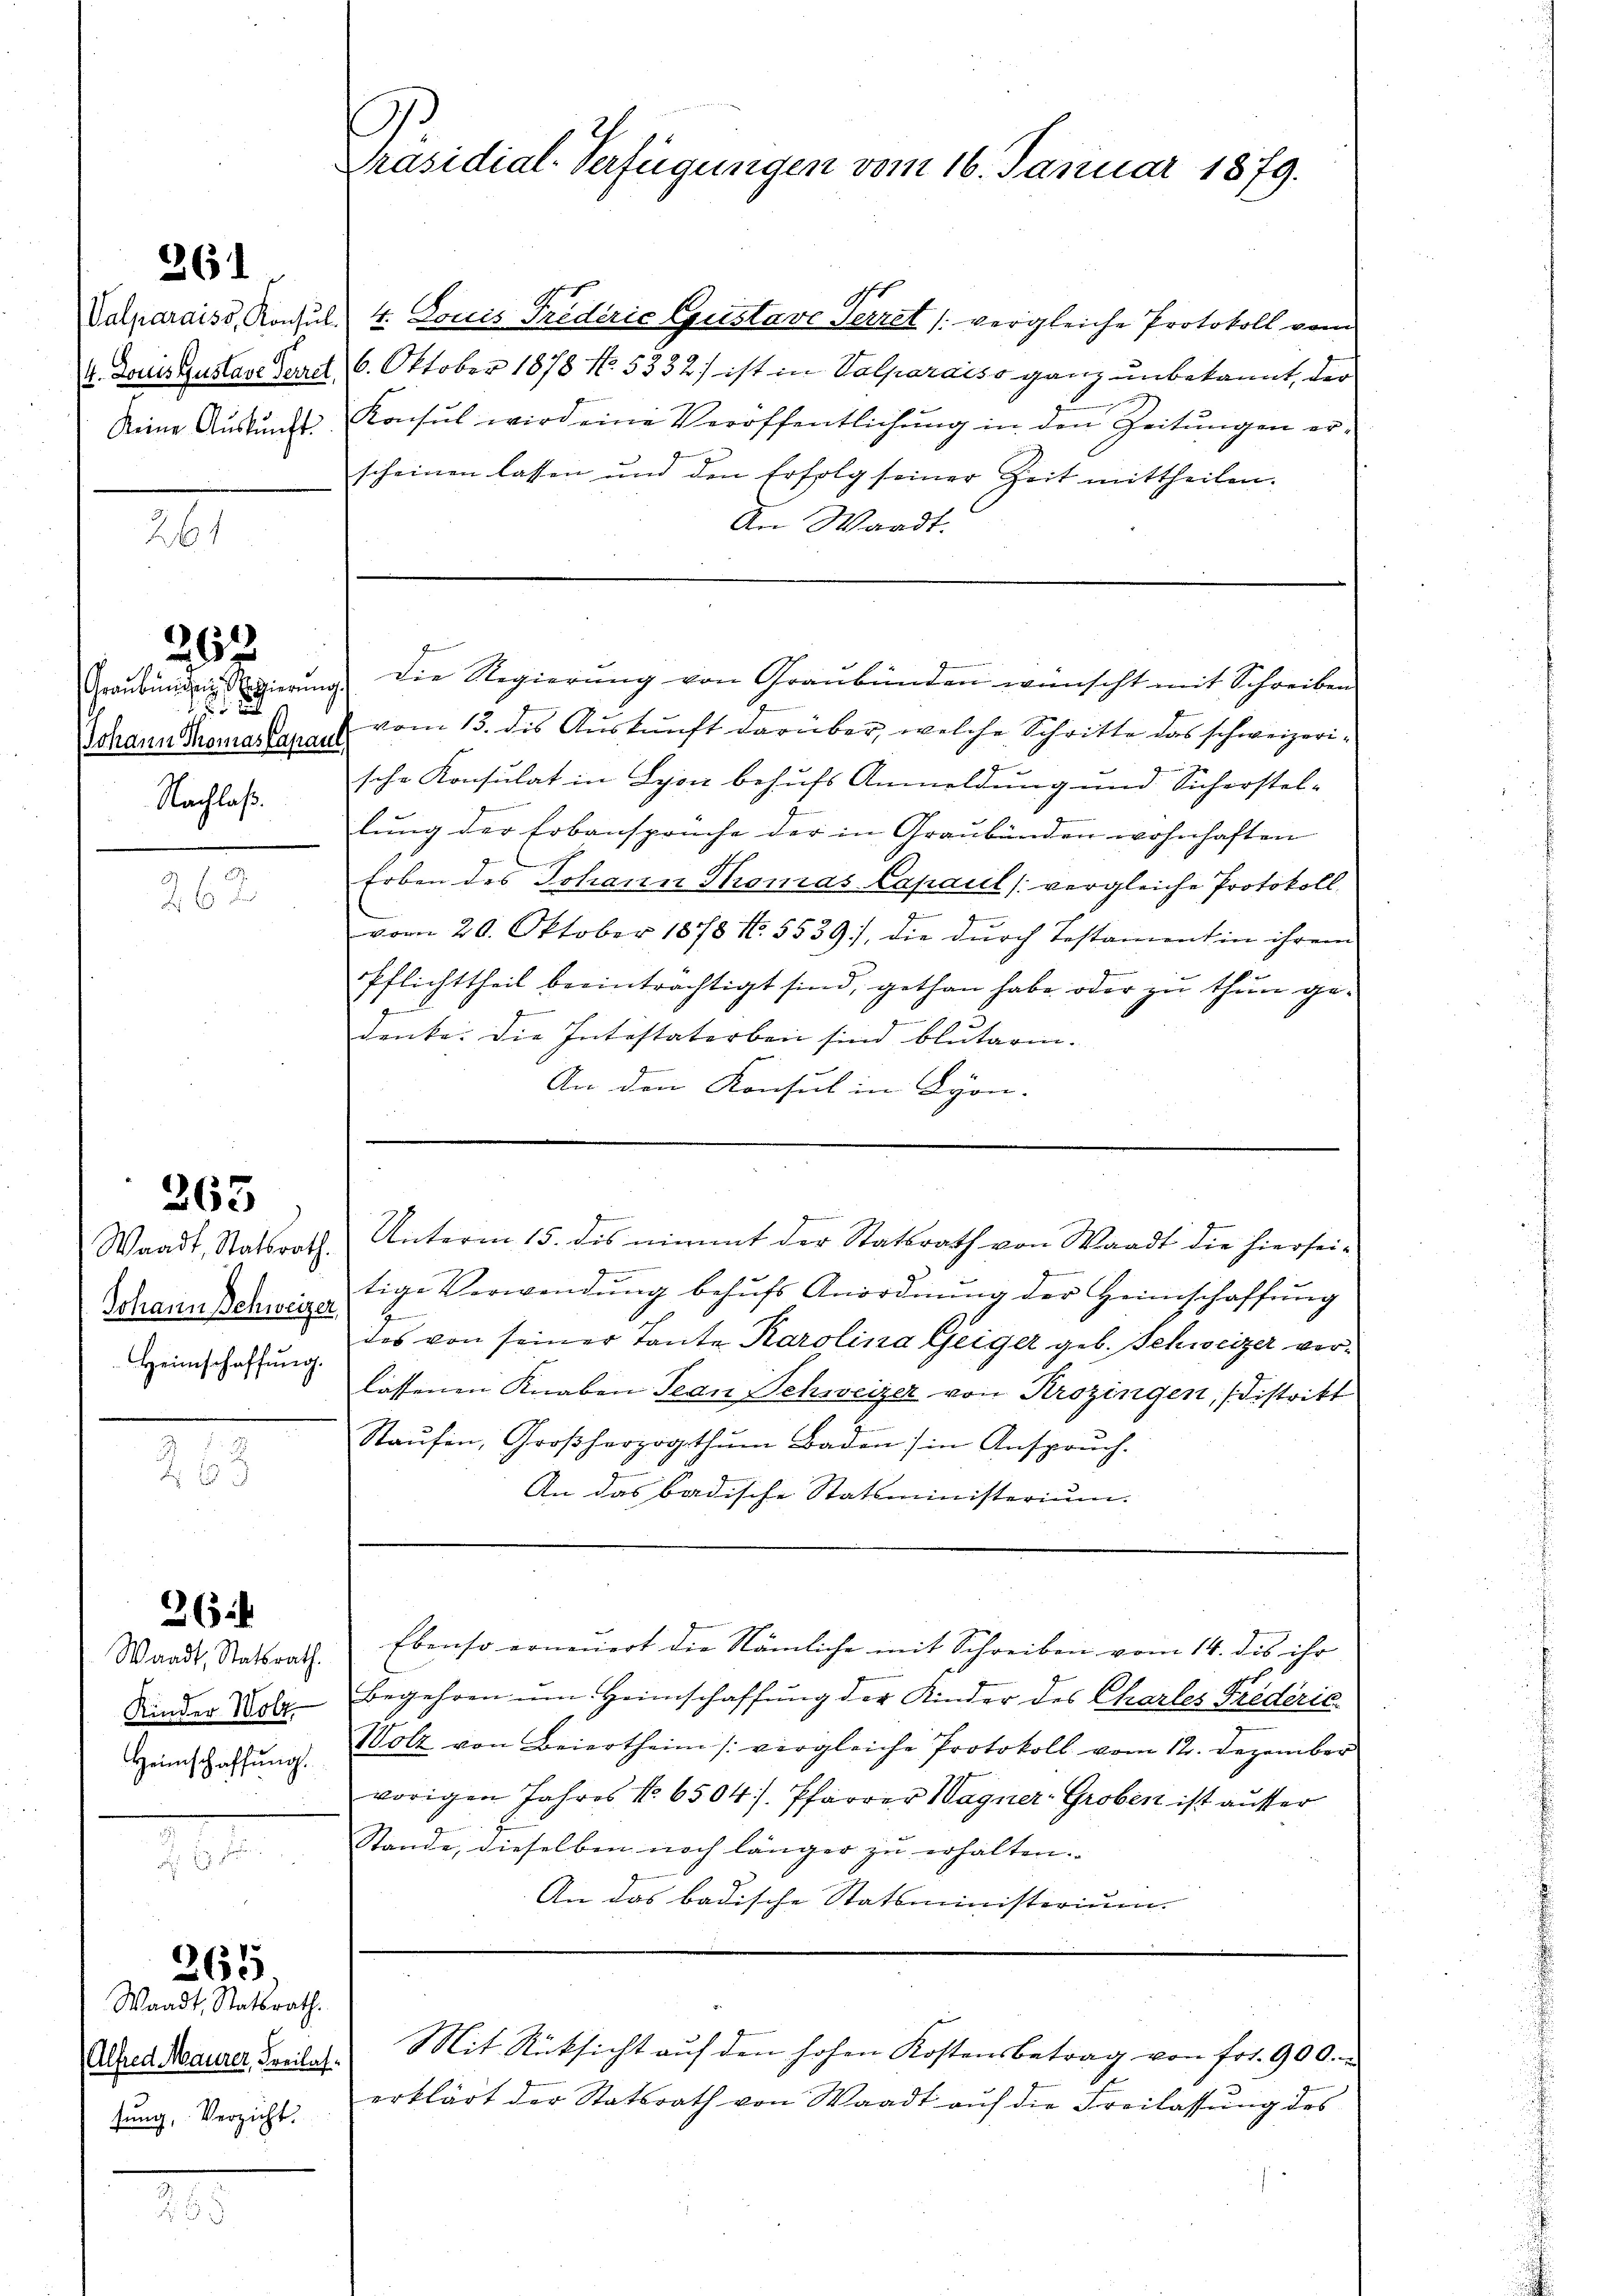
261

2

Graubünden Regierung

Johann Thomas Capaul
Nachlaß.

257

263

2

365

Waadt, Statsrath.
Johann Schweizer
Heimschaffung.

Waadt, Statsrath.
Alfred Maurer, Freilas.
sung, Verzicht.

265.

.

Präsidial-Verfügungen vom 16. Januar 1879.

Valparaiss, Konsul 4. Louis Friderić Gustave Terrat (vergleiche Protokoll vom
4. Donis zustave Jarret, 6. Oktober 1878 No. 5332) ist in Valparaiso ganz unbekannt, der
Seine Aŭskŭnft Konsul wird eine Veröffentlichŭng in den Zeitŭngen er-
scheinen lassen und den Erfolg seiner Zeit mittheilen.
An Waadt.

vom 13. des Auskunft darüber, welche Schritte das schweizerische Konsulat in Lyon behufs Anmeldung und Sicherstellung der Erbansprüche der in Graubünden wohnhaften
Erben des Johann Thomas Capaul (vergleiche Protokoll
J
vom 20. Oktober 1878 No. 5539), die durch Testamentin ihrem
Pflichttheil beeinträchtigt sind, gethan habe oder zu thun ge-
g
g
denke. Die Intestaterben sind blutarin.
An den Konsul in Lyon- |

d
Die Regierung von Graubünden wünscht mit Schreiben

g
Unterm 15. des nimmt der Statsrath von Waadt die hiersei¬

d
d
tige Verwendŭng behŭfs Anordnŭng der Heimschaffŭng
I
des von seiner Tante Karolina Geiger geb. Schweizer verlassenen Knaben Jean Schweizer von Krozingen, (distritt
Raŭfen, Großherzogthum Baden :/ in Anspruch.
An das badische Statsministerium.
26
Ward Statsrath Ebenso erneuert die Nämliche mit Schreiben vom 14. dis ihr
Kinder Volz- Begehren um Heimschaffung der Kinder des Charles Friederic
Heimschaffŭng Holz von Beiertheim /: vergleiche Protokoll vom 12. Dezember
vorigen Jahres No 6504). Pfarrer Wagner-Groben ist ausser
Stande, dieselben noch länger zu erhalten. |
M
An das badische Statsministerium.

Mit Rücksicht auf den hohen Kostensbetrag von fr. 900.
erklärt der Statsrath von Waadt auf die Freilassung des